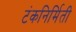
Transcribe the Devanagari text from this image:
टंकनिर्मिती